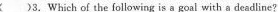
( )3. Which of the following is a goal with a deadline?